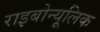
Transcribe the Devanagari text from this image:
राइबोन्यूलिक